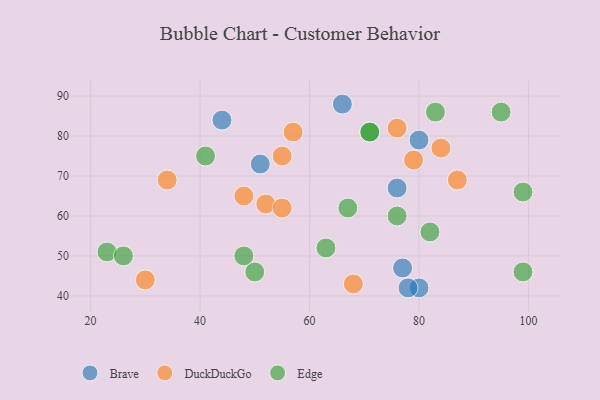
{"axis": {"x": "GDP", "y": "Life Expectancy"}, "legend": ["Brave", "DuckDuckGo", "Edge"], "data": [{"x": "51", "y": 73, "type": "Brave"}, {"x": "80", "y": 42, "type": "Brave"}, {"x": "66", "y": 88, "type": "Brave"}, {"x": "76", "y": 67, "type": "Brave"}, {"x": "77", "y": 47, "type": "Brave"}, {"x": "78", "y": 42, "type": "Brave"}, {"x": "44", "y": 84, "type": "Brave"}, {"x": "80", "y": 79, "type": "Brave"}, {"x": "76", "y": 82, "type": "DuckDuckGo"}, {"x": "68", "y": 43, "type": "DuckDuckGo"}, {"x": "79", "y": 74, "type": "DuckDuckGo"}, {"x": "52", "y": 63, "type": "DuckDuckGo"}, {"x": "34", "y": 69, "type": "DuckDuckGo"}, {"x": "84", "y": 77, "type": "DuckDuckGo"}, {"x": "55", "y": 62, "type": "DuckDuckGo"}, {"x": "57", "y": 81, "type": "DuckDuckGo"}, {"x": "48", "y": 65, "type": "DuckDuckGo"}, {"x": "30", "y": 44, "type": "DuckDuckGo"}, {"x": "87", "y": 69, "type": "DuckDuckGo"}, {"x": "55", "y": 75, "type": "DuckDuckGo"}, {"x": "99", "y": 66, "type": "Edge"}, {"x": "23", "y": 51, "type": "Edge"}, {"x": "48", "y": 50, "type": "Edge"}, {"x": "63", "y": 52, "type": "Edge"}, {"x": "83", "y": 86, "type": "Edge"}, {"x": "50", "y": 46, "type": "Edge"}, {"x": "76", "y": 60, "type": "Edge"}, {"x": "95", "y": 86, "type": "Edge"}, {"x": "99", "y": 46, "type": "Edge"}, {"x": "71", "y": 81, "type": "Edge"}, {"x": "67", "y": 62, "type": "Edge"}, {"x": "82", "y": 56, "type": "Edge"}, {"x": "71", "y": 81, "type": "Edge"}, {"x": "26", "y": 50, "type": "Edge"}, {"x": "41", "y": 75, "type": "Edge"}]}